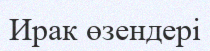
Ирак өзендері